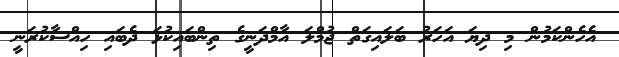
އެހެންކަމުން މި ދިޔަ އަހަރު ބަލައިގަތް ޖުމްލަ އާމްދަނީގެ ތިންބައިކުޅަ ދެބައި ހިއްސާކުރަނީ